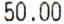
50.00